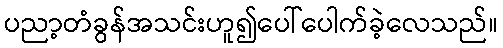
ပညာ့တံခွန်အသင်းဟူ၍ပေါ်ပေါက်ခဲ့လေသည်။